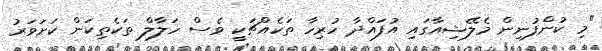
"މި ކުންފުނިން މެލޭޝިއާގައި އުފައްދާ ހުރިހާ ތަކެއްޗަކީ ވެސް ހަލާލް ތަކެތިކަން ކަށަވަރު